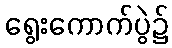
ရွေးကောက်ပွဲ၌